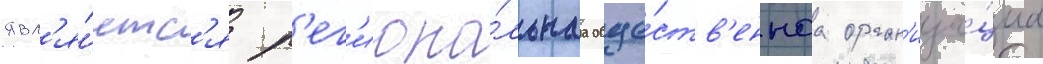
явл'я́етс'я р'ег'иона́льнаа обще́ств'еннаа орган'иза́циа